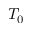
T _ { 0 }